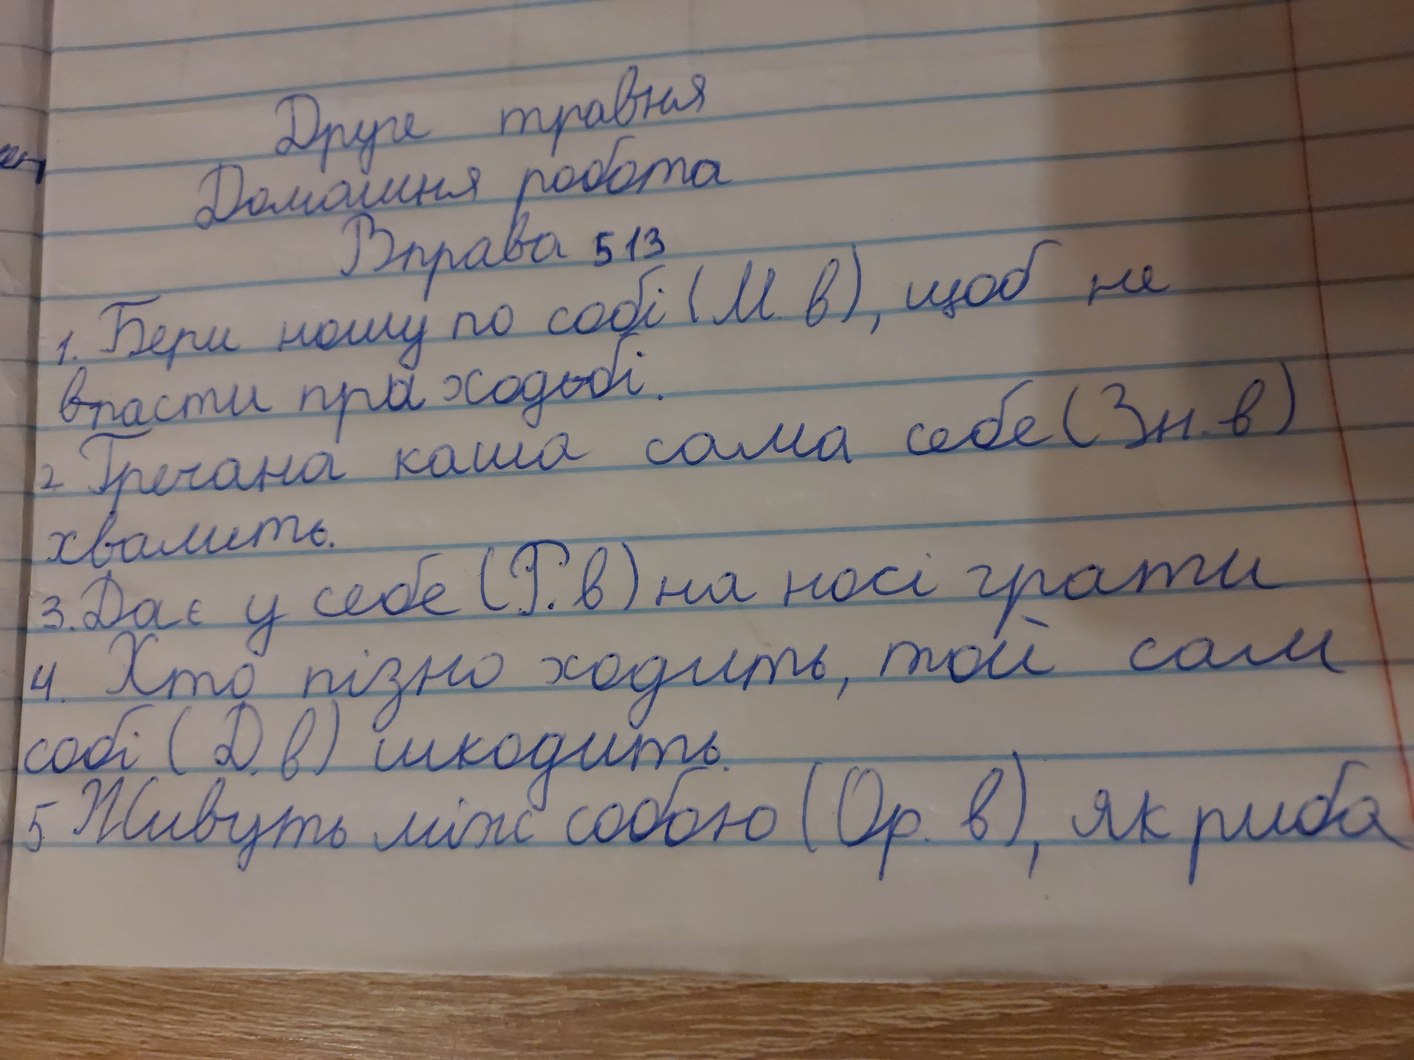
Друге травня
Домашня робота
Вправа 513
1. Бери ношу по собі (М. в), щоб не
впасти при ходьбі.
2 Гречана каша сама себе (Зн. в)
хвалить.
3. Дає у себе (Р. в) на носі грати
4. Хто пізно ходить, той сам
собі (Д. в) шкодить.
5 Живуть між собою (ор. в), як риба